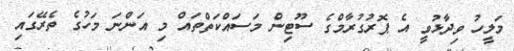
މަލީހު ވިދާޅުވީ އެ ޕޮރުގުރާމްގެ ސޫޓިން މަސައްކަތްތައް މި އަންނަ މަހުގެ ތެރޭގައި